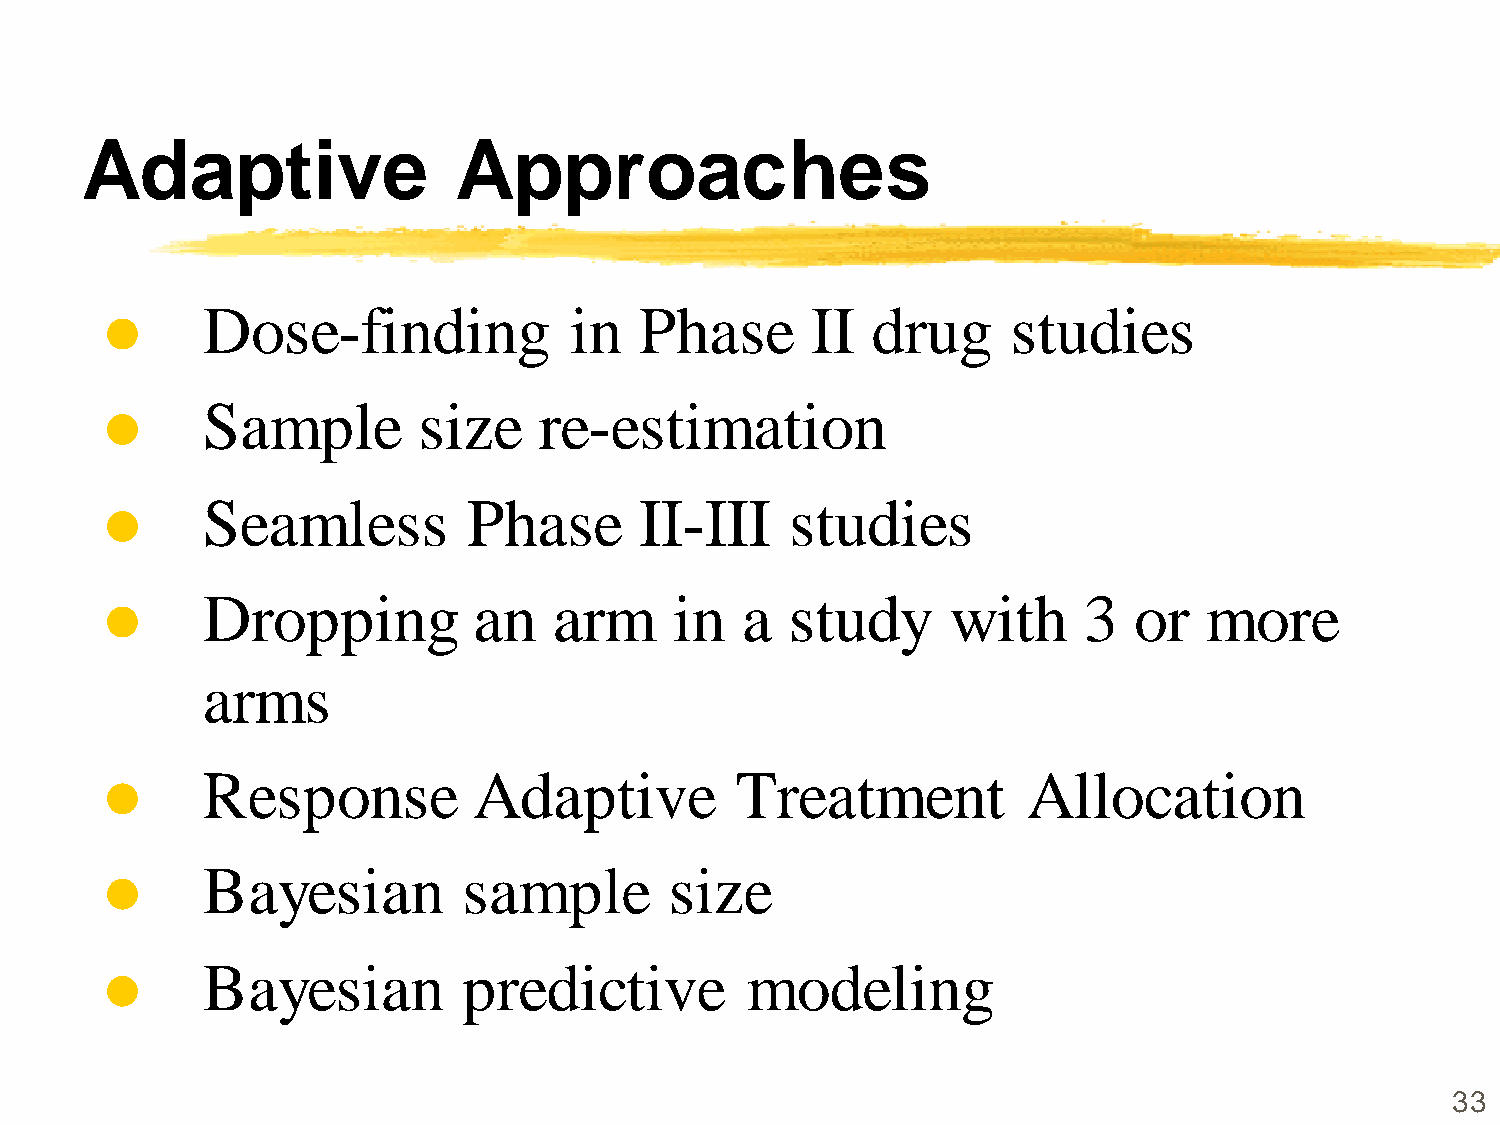
Adaptive                 Approaches
 Dose-finding             in  Phase       II  drug     studies
 
 Sample         size    re-estimation
 
 Seamless          Phase      II-III    studies
 
 Dropping          an    arm     in  a  study      with     3  or   more
 
 arms
 Response          Adaptive          Treatment          Allocation
 
 Bayesian          sample       size
 
 Bayesian          predictive        modeling
 
 33